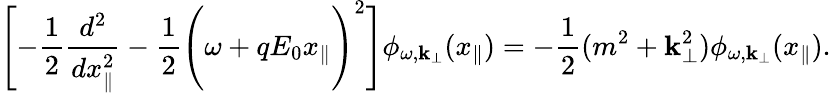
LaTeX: \Biggl[-\frac{1}{2}\frac{d^{2}}{dx_{\parallel}^{2}}-\frac{1}{2}\Biggl(\omega+qE_{0}x_{\parallel}\Biggr)^{2}\Biggr]\phi_{\omega,{\mathbf k}_{\perp}}(x_{\parallel})=-\frac{1}{2}(m^{2}+{\mathbf k}_{\perp}^{2})\phi_{\omega,{\mathbf k}_{\perp}}(x_{\parallel}).